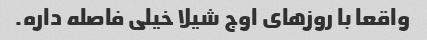
واقعا با روزهای اوج شیلا خیلی فاصله داره.